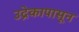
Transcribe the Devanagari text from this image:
उद्रेकापासून